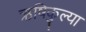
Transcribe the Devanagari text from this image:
ऋषिकुल्या